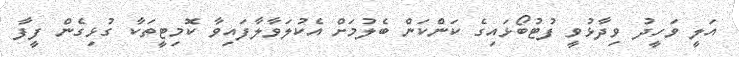
އަލީ ވަހީދު ވިދާޅުވީ ފުޓުބޯޅައިގެ ކަންކަން ބެލުމަށް އެކުލަވާލާފައިވާ ކޮމިޓީތަކާ ގުޅިގެން ފީފާ